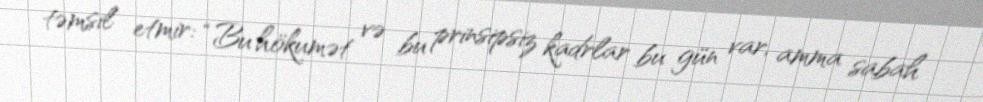
təmsil etmir: “Bu hökumət və bu prinsipsiz kadrlar bu gün var, amma sabah